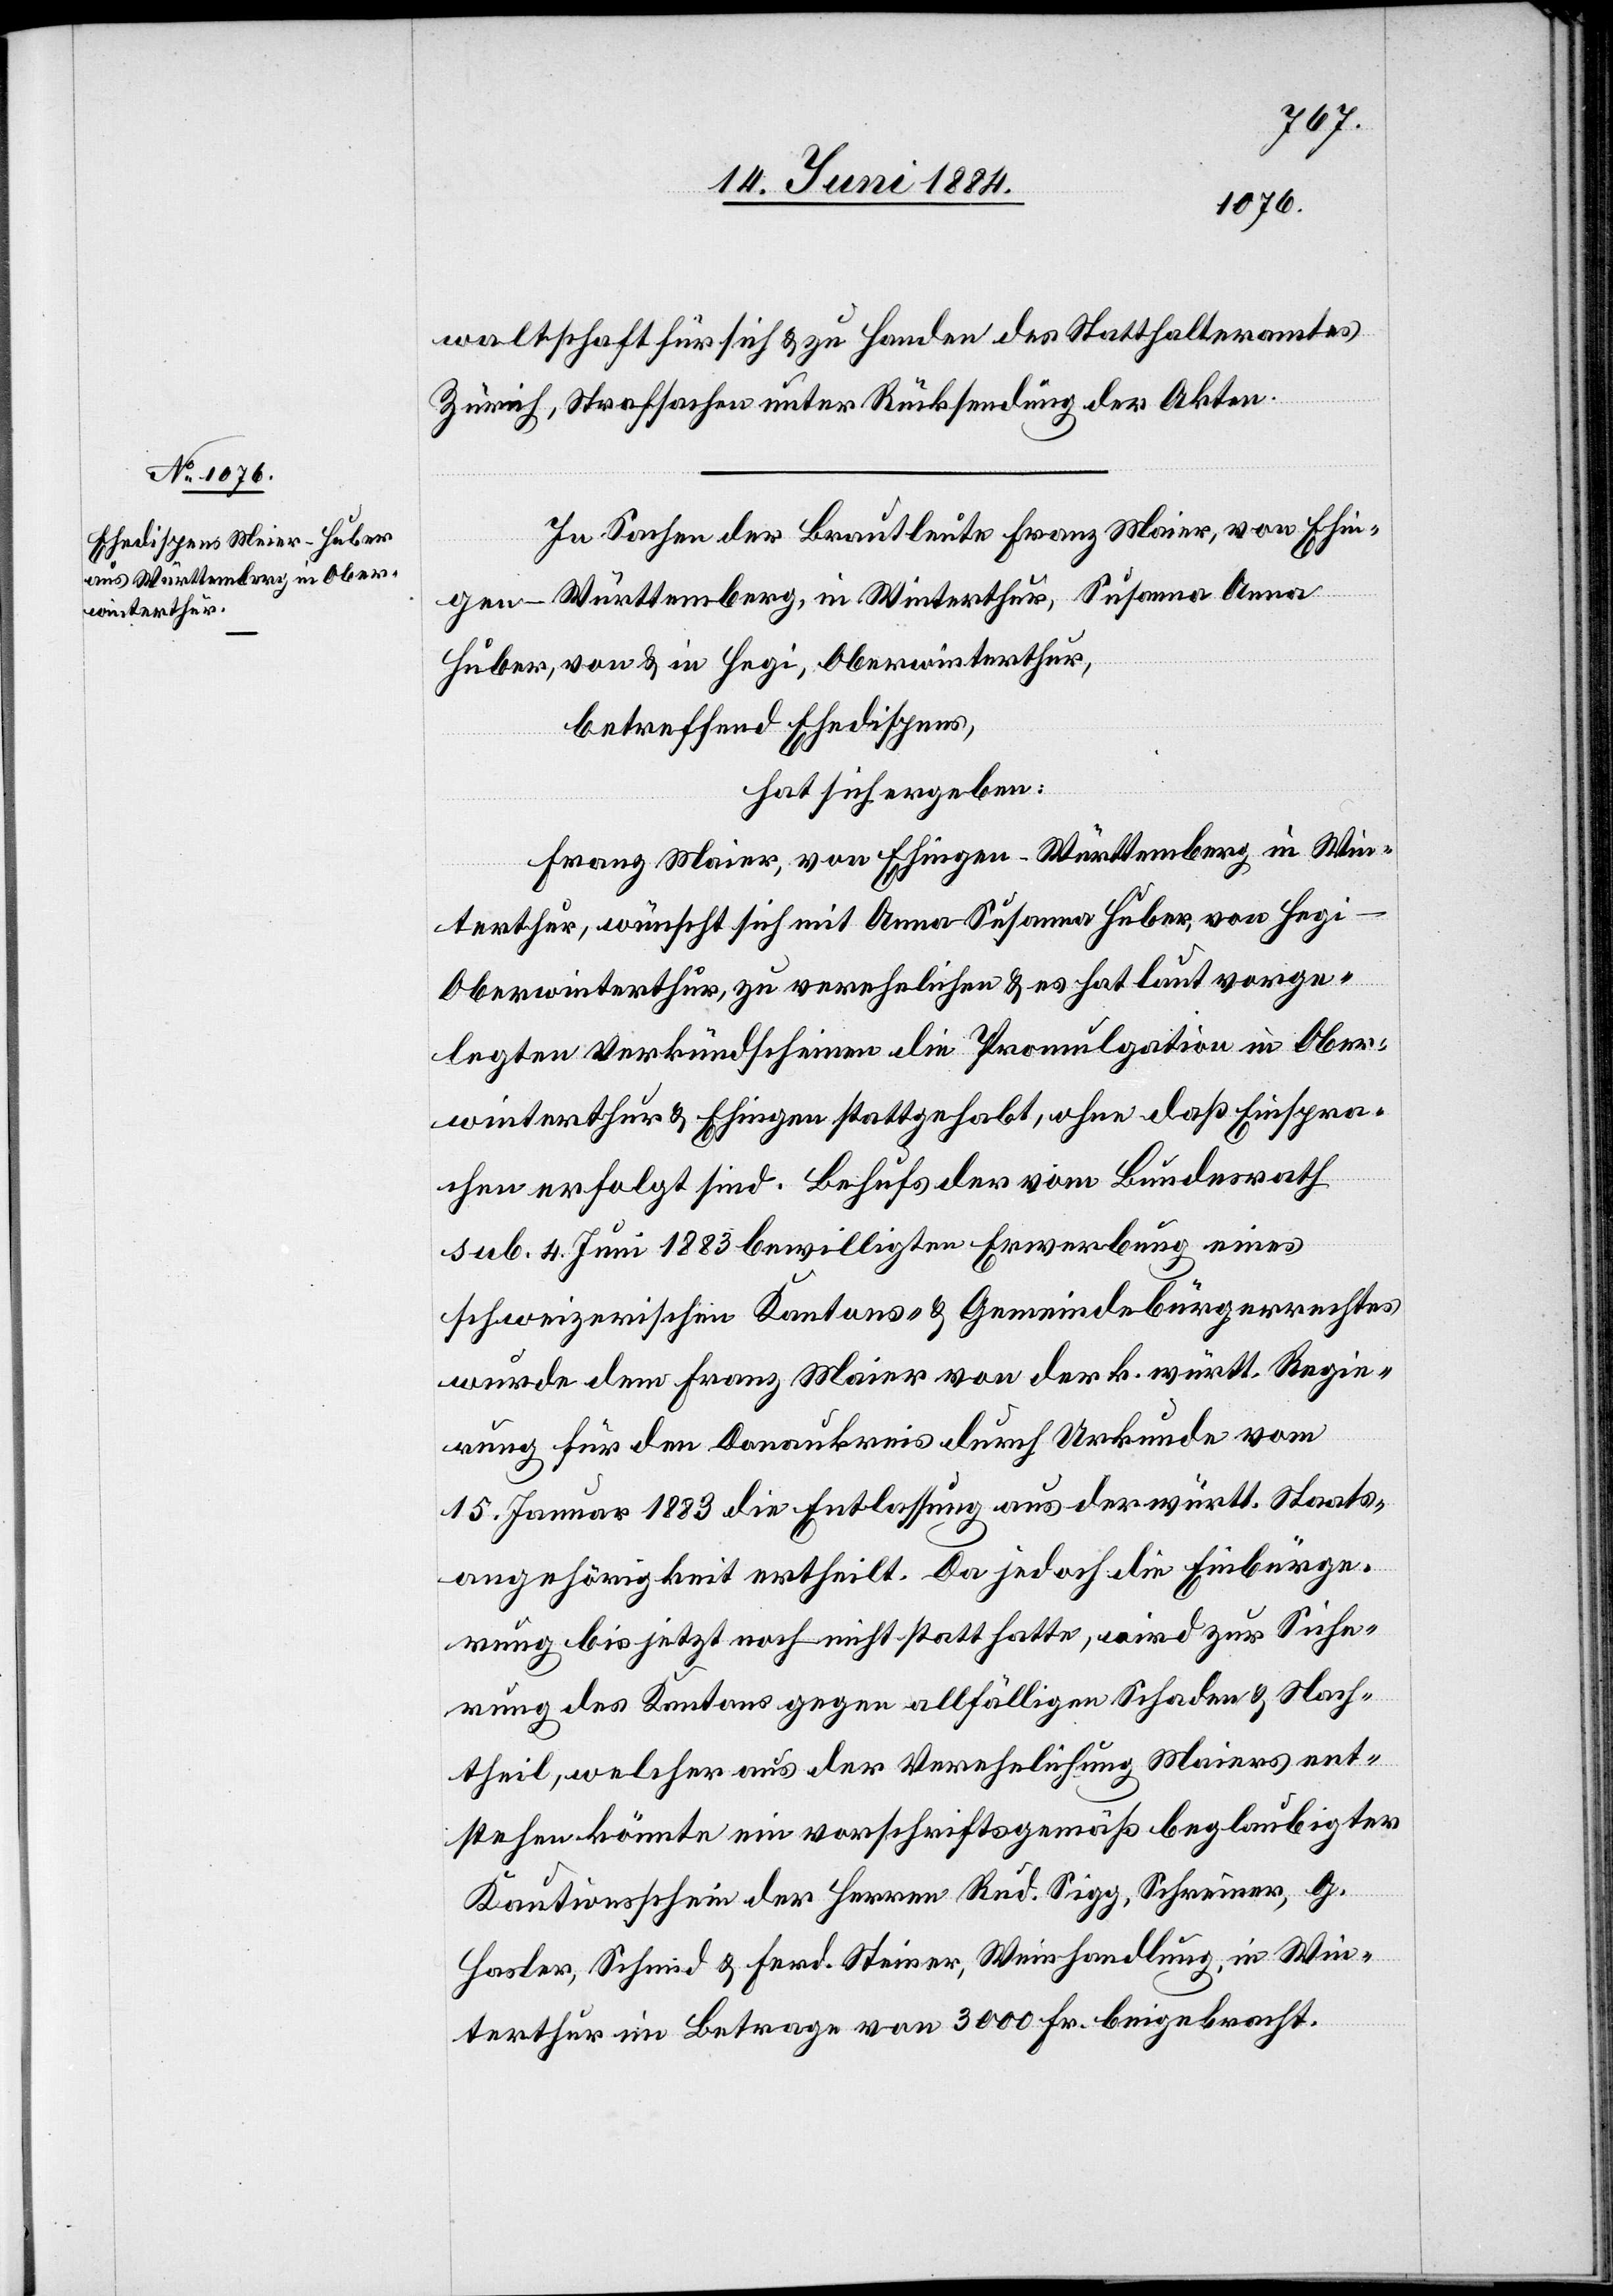
waltschaft für sich & zu Handen des Statthalteramtes
Zürich, Strafsachen unter Rücksendung der Akten.
In Sachen der Brautleute Franz Maier [sic!], von Ehin¬
gen - Württemberg, in Winterthur, Susanna Anna
Huber, von & in Hegi, Oberwinterthur,
betreffend Ehedispens,
hat sich ergeben:
Franz Maier, von Ehingen - Württemberg in Win¬
terthur, wünscht sich mit Anna Susanna Huber, von Hegi
Oberwinterthur, zu verehelichen & es hat laut vorge¬
legten Verkündscheinen die Promulgation in Ober¬
winterthur & Ehingen stattgehabt, ohne daß Einspra¬
chen erfolgt sind. Behufs der vom Bundesrath
sub. 4. Juni 1883 bewilligten Erwerbung eines
schweizerischen Kantons- & Gemeindebürgerrechtes
wurde dem Franz Maier von der k. württ. Regie¬
den für den Donaukreis durch Urkunde vom
15. Januar 1883 die Entlassung aus der württ. Staats¬
angehörigkeit ertheilt. Da jedoch die Einbürge¬
rung bis jetzt noch nicht statt hatte, wird zur Siche¬
rung des Kantons gegen allfälligen Schaden & Nach¬
theil, welcher aus der Verehelichung Maiers ent¬
stehen könnte ein vorschriftsgemäß beglaubigter
rung
Kautionsschein der Herren Rud. Sigg, Schreiner, G.
Hasler, Schmid & Ferd. Steiner, Weinhandlung, in Win¬
terthur im Betrage von 3000 Fr. beigebracht.